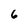
Character: 6